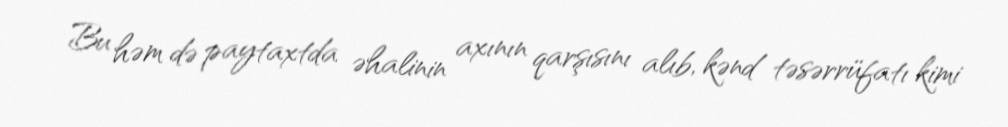
Bu həm də paytaxtda əhalinin axının qarşısını alıb, kənd təsərrüfatı kimi